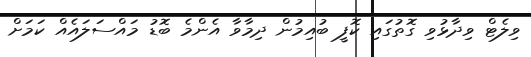
ވިލެޓް ވިދާޅުވި ގޮތުގައި ކޮފީ ބުއިމުން ދިމާވާ އެންމެ ބޮޑު މައްސަލައެއް ކަމަށް